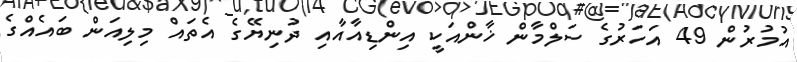
އުމުރުން 49 އަހަރުގެ ސަލްމާން ޚާންއަކީ އިންޑިއާއާއި ދުނިޔޭގެ އެތައް މިލިއަން ބައެއްގެ